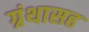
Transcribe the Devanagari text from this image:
ग्रंथासह